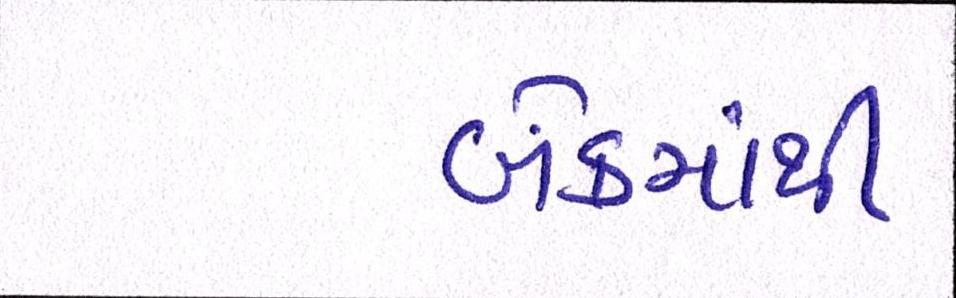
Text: બેંકમાંથી